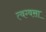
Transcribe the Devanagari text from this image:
त्वग्वसा